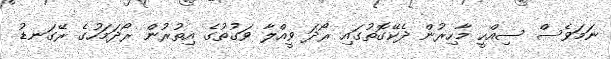
ނަމަވެސް ސިއްހީ މާހިރުން ދެކޭގޮތުގައި ރޯދަ ވީއްލާ ވަގުތުގެ އިތުރުން ރޯދަމަހުގެ ރޭގަނޑު